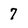
Character: 7